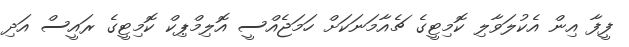
ފީފާ އިން އެކުލަވާލި ކޮމިޓީގެ ޗެއާމަނަކަށް ހަމަޖެއްސީ އޮލިމްޕިކް ކޮމިޓީގެ ރައީސް އަދި